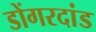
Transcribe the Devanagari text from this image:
डोंगरदांड